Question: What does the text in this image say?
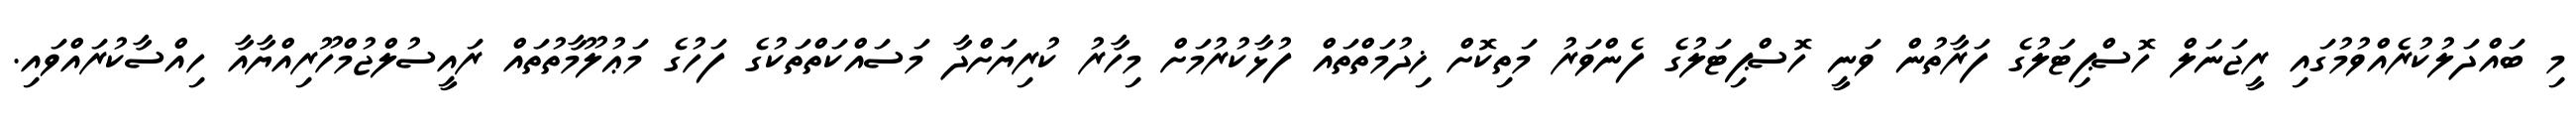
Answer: މި ބައްދަލުކުރެއްވުމުގައި ރީޖަނަލް ހޮސްޕިޓަލުގެ ފަރާތުން ވަނީ ހޮސްޕިޓަލުގެ ފެންވަރު މަތިކޮށް ޚިދުމަތްތައް ފުޅާކުރުމަށް މިހާރު ކުރިޔަށްދާ މަސައްކަތްތަކުގެ ފަހުގެ މަޢުލޫމާތުތައް ރައީސުލްޖުމްހޫރިއްޔާއާ ހިއްސާކުރައްވައި.